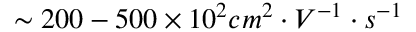
\sim 2 0 0 - 5 0 0 \times 1 0 ^ { 2 } c m ^ { 2 } \cdot V ^ { - 1 } \cdot s ^ { - 1 }